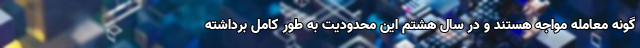
گونه معامله مواجه هستند و در سال هشتم این محدودیت به طور کامل برداشته